Statistical return of the lunatic asylum in Assam - 1912-1932
Year: 1912
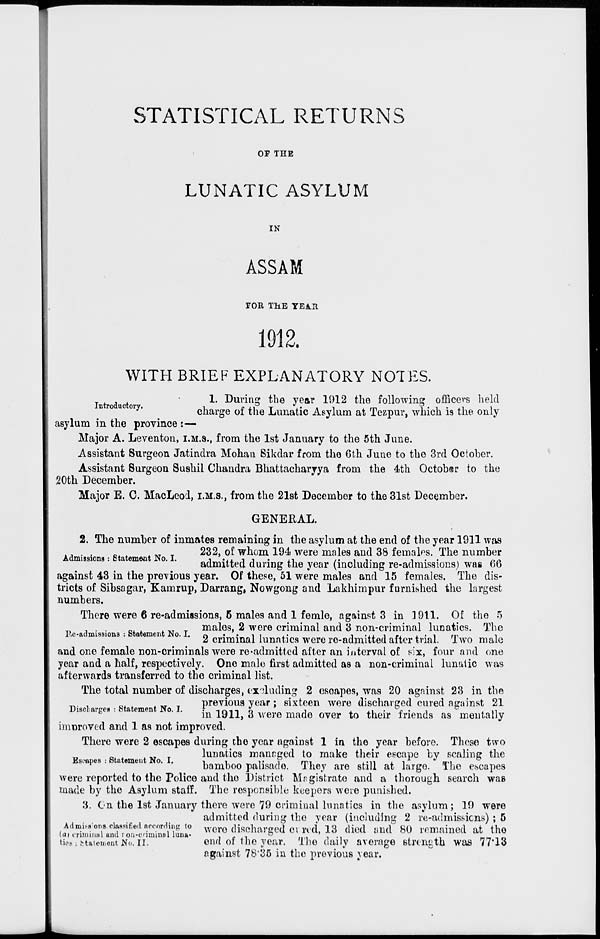
STATISTICAL RETURNS
OP TEE
LUNATIC ASYLUM
IN
ASSAM
TOR THE YEA.R
1912.
WITH BRIEF EXPLANATORY NOTES.
1. During the year 1912 the following officers held
D ro uc ory.
charge of the Lunatic Asylum at Tezpur, which is the only
asylum in the province :—
Major A. Leventon, I.M.S., from the 1st January to the 5th June.
Assistant Surgeon Jatindra Mohan Sikdar from the Gth June to the 3rd Octoher.
Assistant Surgeon Sushil Chandra Bhattacharyya from the 4th Octobar to the
20th December.
Major E. C. MacLeod, i.M.s., from the 21st December to the 31st December.
GENERAL.
Admissions: Statement No. I.
2. The number of inmates remaining in the asylum at the end of the year 1911 was
232, of whom 194 were males and 38 females. The number
admitted during the year (including re-admissions) was 66
against 43 in the previous year. Of these, 51 were males and 15 females. The dis-
tricts of Sibsagar, Kamrup, Darrang, Nowgong and Lakhimpur furnished the largest
numbers.
There were 6 re-admissions, 5 males and 1 femle, against 3 in 1911. Of the 5
, . .
_ A
. __ , males, 2 were criminal and 3 non-criminal lunatics. The
P.e-admissions : statement No. I. n
• *_ 1 1
i-
i .j.x i *± A. » i
m
i
2 criminal lunatics were re-admitted after trial. Iwo male
and one female non-criminals were readmitted after an interval of six, four and one
year and a half, respectively. One male first admitted as a non-criminal lunatic was
afterwards transferred to the criminal list.
The total number of discharges, excluding 2 escapes, was 20 against 23 in the
„ ,
_,
„ ,
previous year: sixteen were discharged cured against 21
Discharges : Statement No. I.
• in-i-i o
i
IL • JS • j
± n
fc
in 1911, a were made over to their mends as mentally
improved and 1 as not improved.
There were 2 escapes during tho year against 1 in the year before. These two
lunatics managed to make their escape by scaling the
s^pes: a emen o. .
bamboo palisade. They are still at largo. Tho escapes
were reported to the Police and tho District Magistrate and a thorough search was
made by the Asylum staff. The responsible keepers were punished.
8. On the 1st January there were 79 criminal lunatics in the asylum; 19 were
admitted during tho year (including 2 re-admissiens) ; 5
Adn»i6flion8.ola»Bifiedacowdingto we re discharged erred, 18 died and 80 remained at tho
(a) criminal and i on-onminel luna-
, .. ,.
m .
, .-,
,,
»>,,«
tios: (statement No. II.
end or the year. The daily average strength was ll'lo
against 78*85 in the previous year.